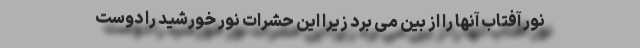
نور آفتاب آنها را از بین می برد زیرا این حشرات نور خورشید را دوست